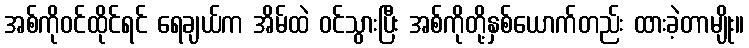
အစ်ကိုဝင်ထိုင်ရင် ရေချယ်က အိမ်ထဲ ဝင်သွားပြီး အစ်ကိုတို့နှစ်ယောက်တည်း ထားခဲ့တာမျိုး။